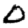
Digit: 0